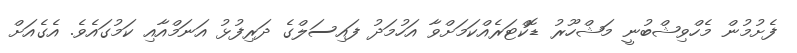
ފެށުމުން މެހްވިޝްބުނީ މަޝްހޫރު ޑޮކްޓަރެއްކަމަށްވާ އަހުމަދު ފައިސަލްގެ ދަރިފުޅު އަނަމްއާއި ކަމުގައެވެ. އެގެއަށް